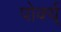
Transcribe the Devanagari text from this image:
पोर्क्य्